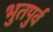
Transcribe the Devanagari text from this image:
भुतपुर्व